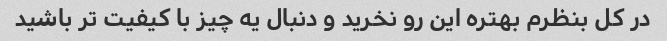
در کل بنظرم بهتره این رو نخرید و دنبال یه چیز با کیفیت تر باشید